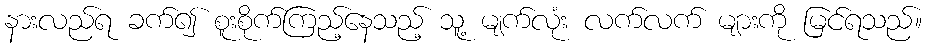
နားလည်ရ ခက်၍ စူးစိုက်ကြည့်နေသည့် သူ့ မျက်လုံး လက်လက် များကို မြင်ရသည်။